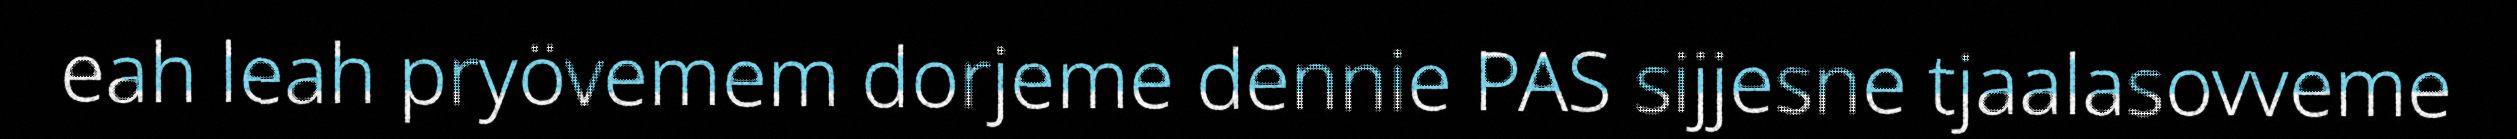
eah leah pryövemem dorjeme dennie PAS sijjesne tjaalasovveme